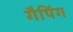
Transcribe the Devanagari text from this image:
गैपिंग